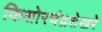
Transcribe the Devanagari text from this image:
किशोरचंद्रशेखरे